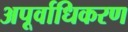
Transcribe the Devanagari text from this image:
अपूर्वाधिकरण